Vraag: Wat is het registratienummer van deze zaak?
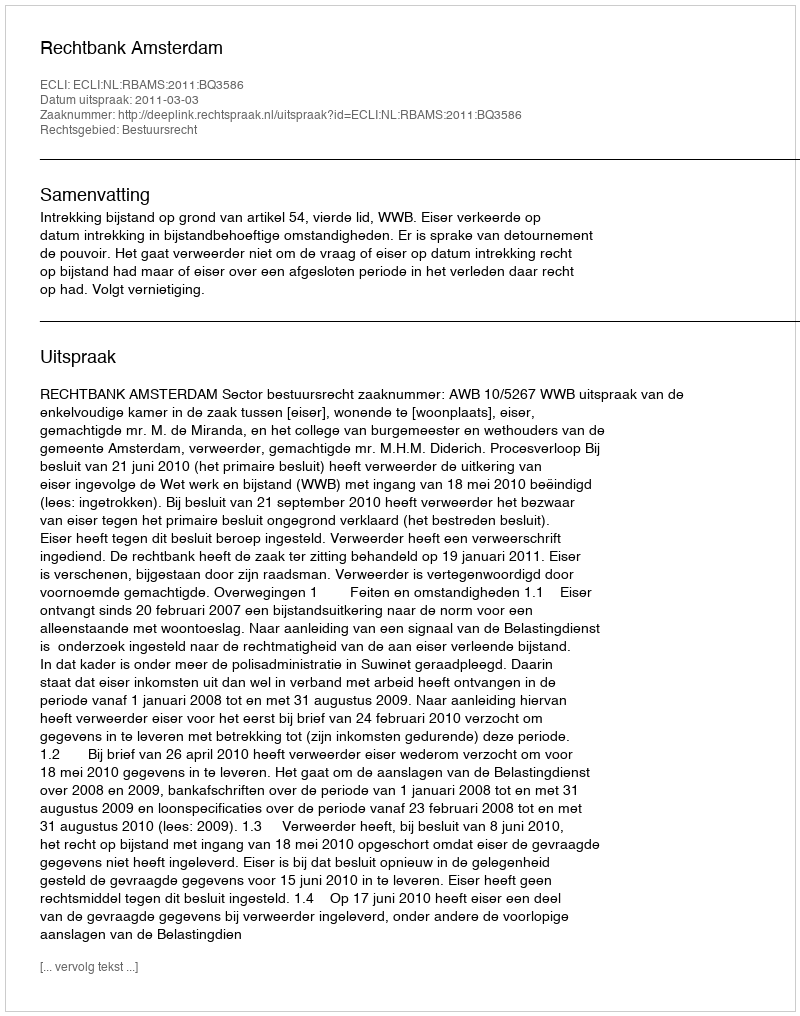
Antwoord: http://deeplink.rechtspraak.nl/uitspraak?id=ECLI:NL:RBAMS:2011:BQ3586